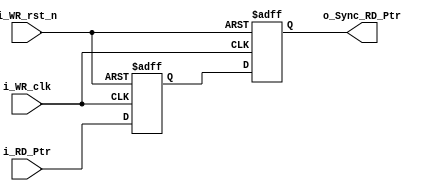
// Catch Read Pointer in WR_clk domain
module Sync_R2W

	// Parameters
	#(parameter WIDTH = 8)
	
	(
	input i_WR_clk, i_WR_rst_n,
	input [WIDTH:0] i_RD_Ptr,
	output reg [WIDTH:0] o_Sync_RD_Ptr
	);

	reg [WIDTH:0] r_RD_Ptr;

	always @(posedge i_WR_clk or negedge i_WR_rst_n)
	begin
		if (!i_WR_rst_n)
		begin
			o_Sync_RD_Ptr <= 1'b0;
			r_RD_Ptr <= 1'b0;
		end
		else
		begin
			o_Sync_RD_Ptr <= r_RD_Ptr;
			r_RD_Ptr <= i_RD_Ptr;
		end 	
	end
endmodule